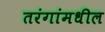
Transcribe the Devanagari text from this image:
तरंगांमधील